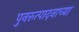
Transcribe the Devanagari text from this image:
पुनरुत्पादनाच्या